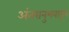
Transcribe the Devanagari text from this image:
अंतरानुभवातून